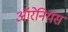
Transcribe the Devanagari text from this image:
ऑरेनियस